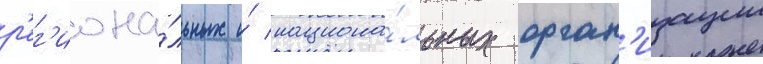
р'ег'иона́льных и́ национа́льных орган'изации